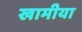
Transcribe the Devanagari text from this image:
खामीया